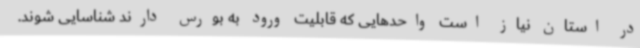
در استان نیاز است واحدهایی که قابلیت ورود به بورس دارند شناسایی شوند.